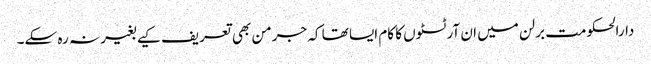
دارالحکومت برلن میں ان آرٹسٹوں کا کام ایسا تھا کہ جرمن بھی تعریف کیے بغیر نہ رہ سکے۔